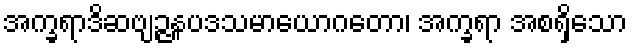
အက္ခရာဒိဆဗျဉ္ဇနပဒသမာယောဂတော၊ အက္ခရာ အစရှိသော